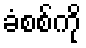
ခံစစ်ကို